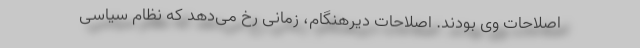
اصلاحات وی بودند. اصلاحات دیرهنگام، زمانی رخ می‌دهد که نظام سیاسی